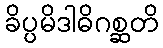
ခိပ္ပမိဒါဓိဂစ္ဆတိ